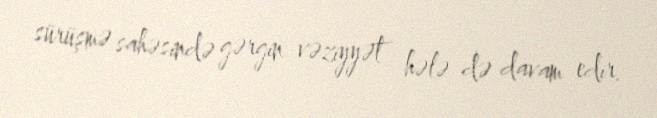
sürüşmə sahəsində gərgin vəziyyət hələ də davam edir.